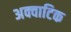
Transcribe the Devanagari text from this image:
अक्वाटिक